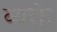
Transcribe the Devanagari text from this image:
व्यक्ते